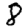
Digit: 8